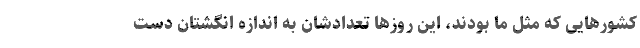
کشور‌هایی که مثل ما بودند، این روز‌ها تعدادشان به اندازه انگشتان دست